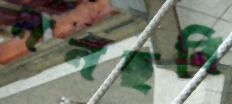
মনছবি